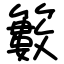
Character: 籔